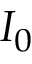
I _ { 0 }